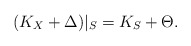
\begin{align*}(K_X+\Delta)|_S=K_S+\Theta.\end{align*}